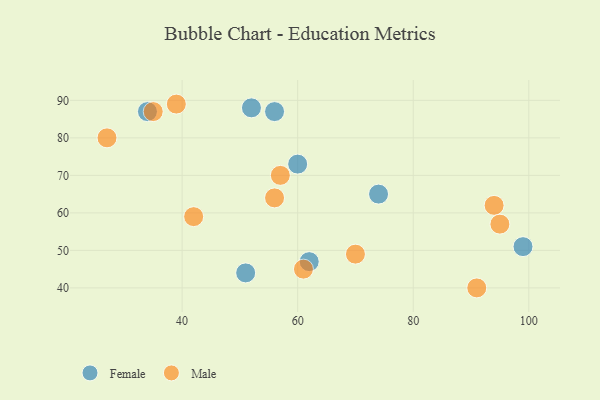
{"axis": {"x": "GDP", "y": "Life Expectancy"}, "legend": ["Female", "Male"], "data": [{"x": "74", "y": 65, "type": "Female"}, {"x": "60", "y": 73, "type": "Female"}, {"x": "34", "y": 87, "type": "Female"}, {"x": "51", "y": 44, "type": "Female"}, {"x": "62", "y": 47, "type": "Female"}, {"x": "99", "y": 51, "type": "Female"}, {"x": "52", "y": 88, "type": "Female"}, {"x": "56", "y": 87, "type": "Female"}, {"x": "57", "y": 70, "type": "Male"}, {"x": "91", "y": 40, "type": "Male"}, {"x": "61", "y": 45, "type": "Male"}, {"x": "35", "y": 87, "type": "Male"}, {"x": "42", "y": 59, "type": "Male"}, {"x": "94", "y": 62, "type": "Male"}, {"x": "70", "y": 49, "type": "Male"}, {"x": "27", "y": 80, "type": "Male"}, {"x": "95", "y": 57, "type": "Male"}, {"x": "39", "y": 89, "type": "Male"}, {"x": "56", "y": 64, "type": "Male"}]}